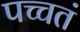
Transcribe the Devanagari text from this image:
पच्चतं